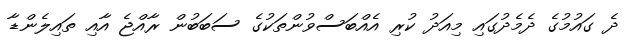
ދެ ގައުމުގެ ދެމެދުގައި މިއަދު ކުރި އެއްބަސްވުންތަކުގެ ސަބަބުން ރާއްޖެ އާއި ތައިލެންޑާ